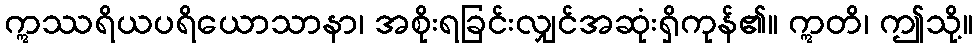
ဣဿရိယပရိယောသာနာ၊ အစိုးရခြင်းလျှင်အဆုံးရှိကုန်၏။ ဣတိ၊ ဤသို့။